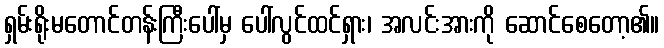
ရှမ်းရိုးမတောင်တန်းကြီးပေါ်မှ ပေါ်လွင်ထင်ရှား၊ အလင်းအားကို ဆောင်စေတော့၏။